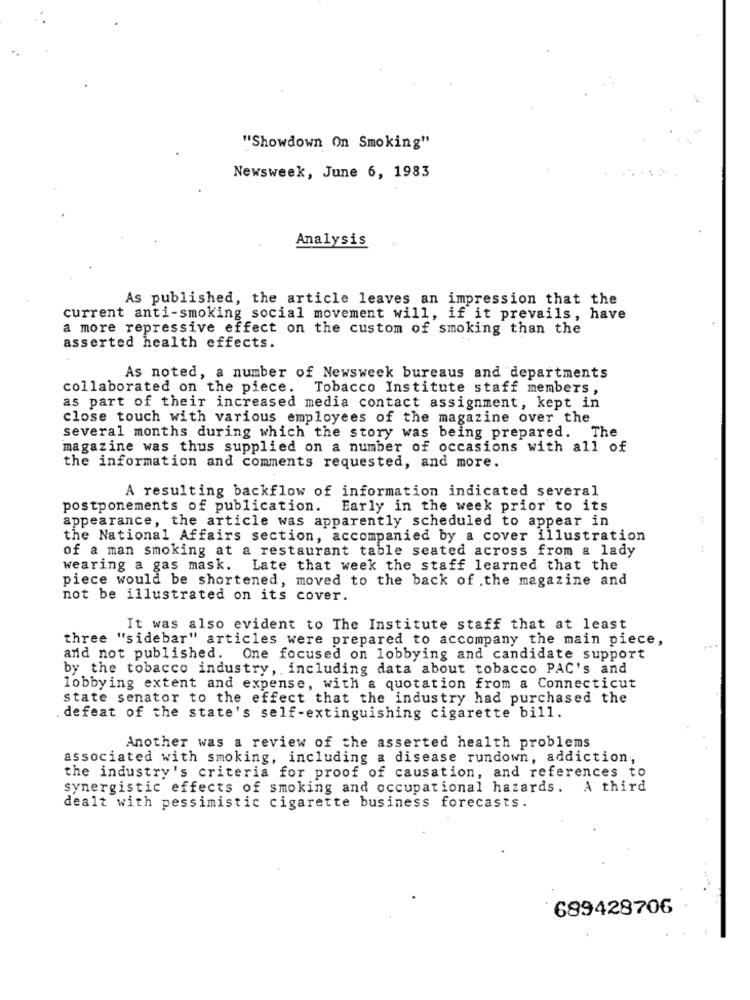
"Showdown On Smoking"
Newsweek, June 6, 1983
Analysis
As published, the article leaves an impression that the
current anti-smoking social movement will, if it prevails, have
a more repressive effect on the custom of smoking than the
asserted health effects.
As noted, a number of Newsweek bureaus and departments
collaborated on the piece. Tobacco Institute staff members,
as part of their increased media contact assignment, kept in
close touch with various employees of the magazine over the
several months during which the story was being prepared. The
magazine was thus supplied on a number of occasions with all of
the information and comments requested, and more.
A resulting backflow of information indicated several
postponements of publication.
Early in the week prior to its
appearance, the article was apparently scheduled to appear in
the National Affairs section, accompanied by a cover illustration
of a man smoking at a restaurant table seated across from a lady
wearing a gas mask. Late that week the staff learned that the
piece would be shortened, moved to the back of .the magazine and
not be illustrated on its cover.
It was also evident to The Institute staff that at least
three "sidebar" articles were prepared to accompany the main piece,
and not published. One focused on lobbying and candidate support
by the tobacco industry, including data about tobacco PAC's and
lobbying extent and expense, with a quotation from a Connecticut
state senator to the effect that the industry had purchased the
. defeat of the state's self-extinguishing cigarette bill.
Another was a review of the asserted health problems
associated with smoking, including a disease rundown, addiction,
the industry's criteria for proof of causation, and references to
synergistic effects of smoking and occupational hazards.
A third
dealt with pessimistic cigarette business forecasts.
689428706